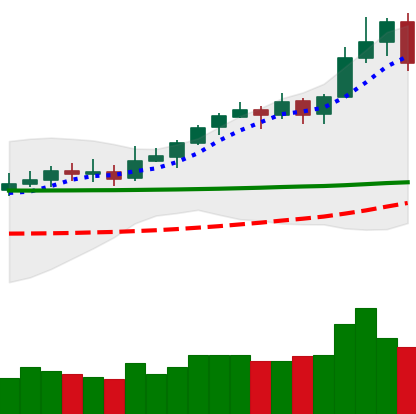
Ticker: XLM-USD
Chart end date: 2020-02-15
Forward return: -10.192%
Label: down_7plus